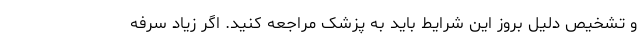
و تشخیص دلیل بروز این شرایط باید به پزشک مراجعه کنید. اگر زیاد سرفه